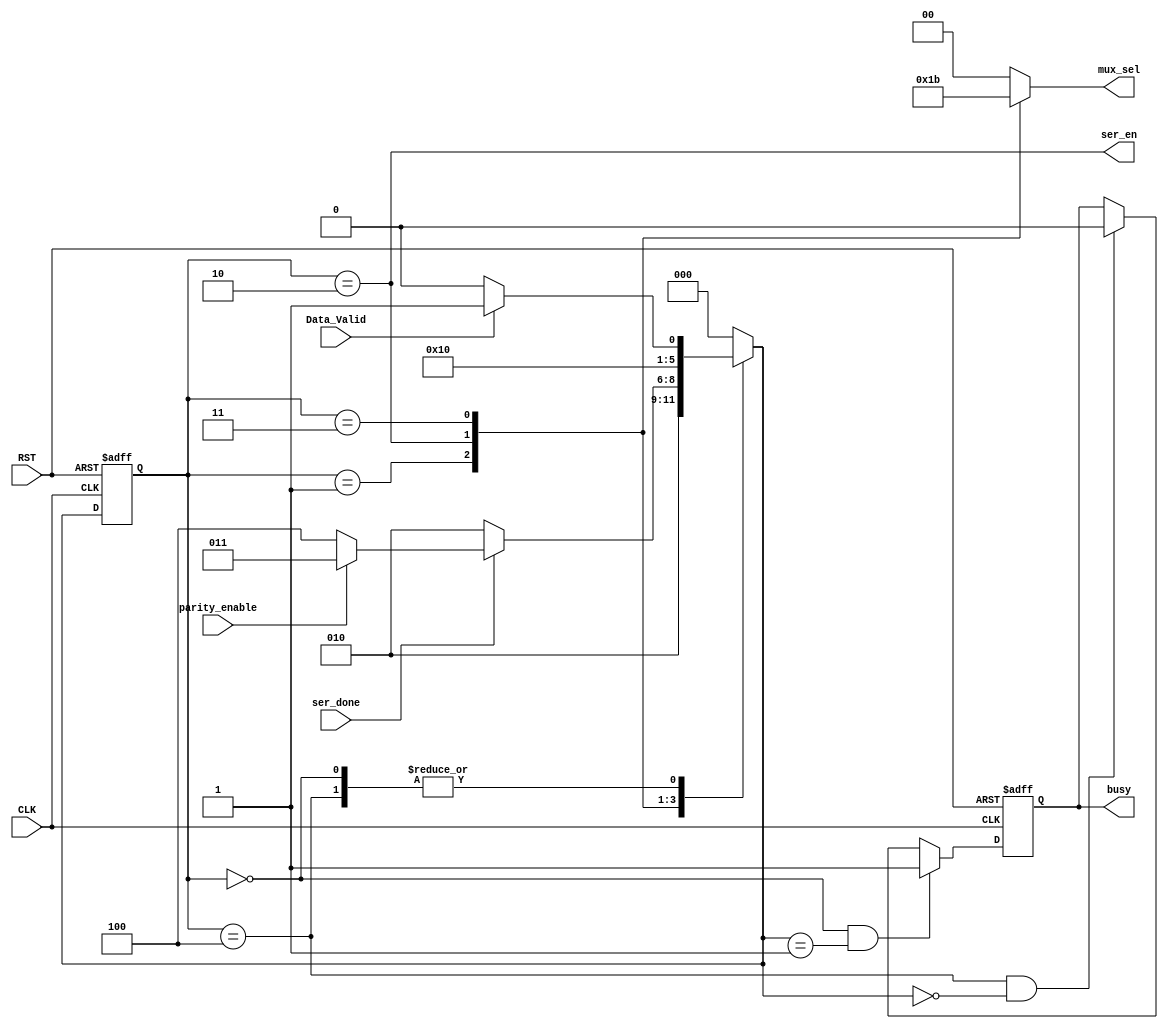
module TX_FSM  (input wire Data_Valid,
                input wire CLK,
                input wire parity_enable,
                input wire ser_done,
                input wire RST,

                output wire ser_en,
                output reg busy,
                output reg [1:0] mux_sel);
    
    /////////////////////////////////////////////////////////////////////////////////
    ///////////////////////////////// State Encoding ////////////////////////////////
    /////////////////////////////////////////////////////////////////////////////////
    
    localparam IDLE   = 3'd0;
    localparam START  = 3'd1;
    localparam DATA   = 3'd2;
    localparam PARITY = 3'd3;
    localparam STOP   = 3'd4;
    
    /////////////////////////////////////////////////////////////////////////////////
    //////////////////////////////// States Registers ///////////////////////////////
    /////////////////////////////////////////////////////////////////////////////////
    
    reg [2:0] NS, PS;
    
    always @(posedge CLK or negedge RST) begin
        if (!RST)
            PS <= IDLE;
        else
            PS <= NS;
    end
    
    /////////////////////////////////////////////////////////////////////////////////
    //////////////////////////////// Next State Logic ///////////////////////////////
    /////////////////////////////////////////////////////////////////////////////////
    
    always @(*) begin
        
        case (PS)
            IDLE : begin
                if (Data_Valid) 
                    NS     = START;
                else 
                    NS     = IDLE;
            end
            
            START : begin
                NS     = DATA;
            end
            
            DATA : begin
                if (!ser_done) 
                    NS     = DATA;
                else if (parity_enable) 
                    NS     = PARITY;
                else 
                    NS     = STOP;
            end
            
            PARITY : begin
                NS     = STOP;
            end
            
            STOP : begin
                if (Data_Valid) 
                    NS     = START;
                else 
                    NS     = IDLE;
            end
            
            default : NS = IDLE;
            
        endcase
        
    end
    
    assign ser_en = (PS == DATA);

    /////////////////////////////////////////////////////////////////////////////////
    ///////////////////////////////// mux_sel Logic /////////////////////////////////
    /////////////////////////////////////////////////////////////////////////////////
    
    always @(*) begin
        
        case (PS)

            IDLE :      mux_sel   = 0;
            START :     mux_sel   = 1;
            DATA :      mux_sel   = 2;
            PARITY :    mux_sel   = 3;

            default:    mux_sel   = 0;
            
        endcase

    end
    
    /////////////////////////////////////////////////////////////////////////////////
    ////////////////////////////////// Output Logic /////////////////////////////////
    /////////////////////////////////////////////////////////////////////////////////
    
    always @(posedge CLK or negedge RST) begin
        if (!RST)
            busy <= 1'b0;
        else if (PS == IDLE && NS == START)
            busy <= 1'b1;
        else if (PS == STOP && NS == IDLE)
            busy <= 1'b0;
    end
        
endmodule